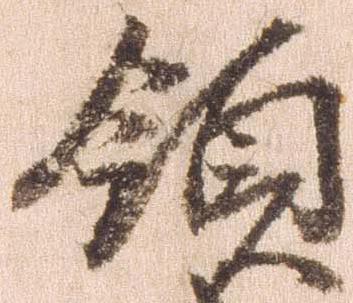
領